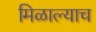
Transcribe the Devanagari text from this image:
मिळाल्याच